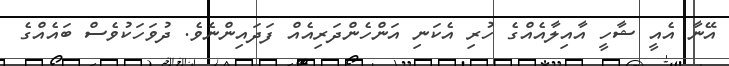
އޭނާ އެއީ ޝާހީ އާއިލާއެއްގެ ހުރި އެކަނި އަންހެންދަރިއެއް ފަދައިންނެވެ. ދުވަހަކުވެސް ބައެއްގެ